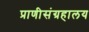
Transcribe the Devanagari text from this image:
प्राणीसंग्रहालय